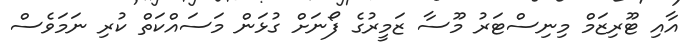
އާއި ޓޫރިޒަމް މިނިސްޓަރު މޫސާ ޒަމީރުގެ ފޯނަށް ގުޅަން މަސައްކަތް ކުރި ނަމަވެސް